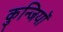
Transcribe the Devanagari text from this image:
कुन्जियाॅ